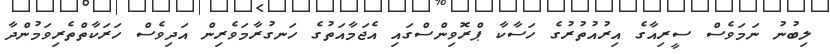
ލިބުނު ނަމަވެސް ސީރިއާގެ އިރުއުތުރުގެ ހަސާކާ ޕްރޮވިންސްގައި އެޖަމާއަތުގެ ހަނގުރާމަވެރިން އަދިވެސް ހަރަކާތްތެރިވަމުންދާ